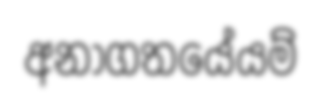
අනාගතයේයම්